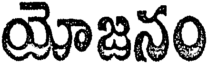
యోజనం